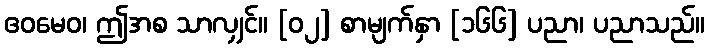
ဧဝမေဝ၊ ဤအစ သာလျှင်။ [၀၂] စာမျက်နှာ [၁၆၆] ပညာ၊ ပညာသည်။